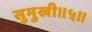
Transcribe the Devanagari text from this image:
सुमुखी॥५॥